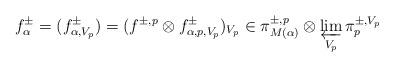
LaTeX: \begin{align*}f_{\alpha}^{\pm}=(f_{\alpha,V_{p}}^{\pm})=(f^{\pm, p}\otimes f^{\pm}_{\alpha,p, V_{p}})_{V_{p}} \in \pi^{\pm, p}_{M(\alpha)}\otimes \varprojlim_{V_{p}}\pi_{p}^{\pm, V_{p}}\end{align*}